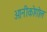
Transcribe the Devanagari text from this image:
ओनीकोगोल